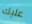
عليك